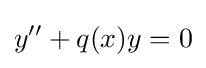
y''+q(x)y=0